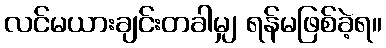
လင်မယားချင်းတခါမျှ ရန်မဖြစ်ခဲ့ရ။